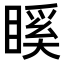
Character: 𥉐